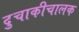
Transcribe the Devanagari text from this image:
दुचाकीचालक